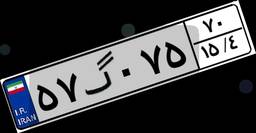
۵۷گ۰۷۵۷۰